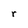
Character: r